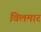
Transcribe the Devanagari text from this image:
विलमार